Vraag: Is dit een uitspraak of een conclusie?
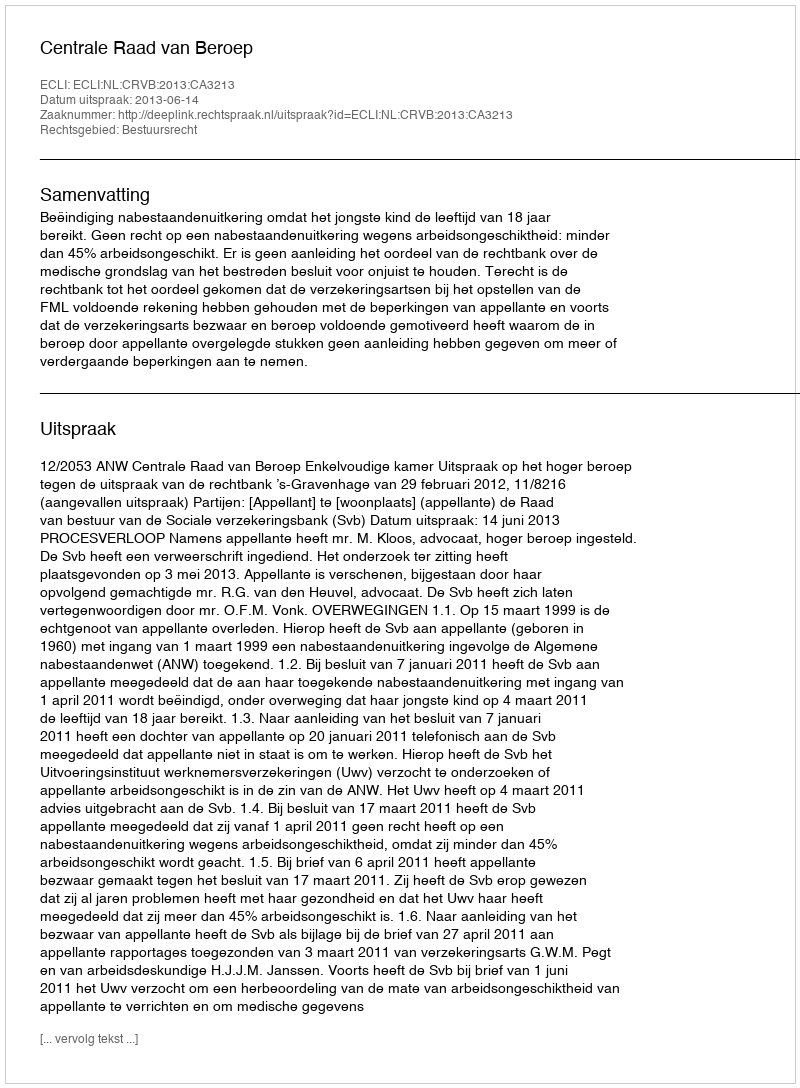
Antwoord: Uitspraak